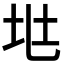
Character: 𡉵